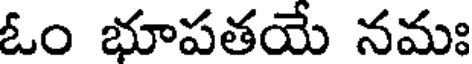
ఓం భూపతయే నమః